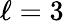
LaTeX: \ell=3